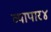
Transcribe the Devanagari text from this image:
व्यापार४